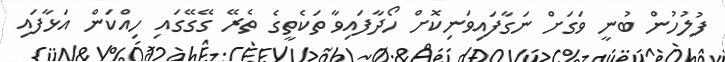
ފުލުހުން ބުނީ ވަގަށް ނަގާފައިވަނިކޮށް ހޯދާފައިވާ ތަކެތީގެ ތެރޭ ގޭގޭގައި ހިއްކަން އަޅާފައި